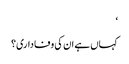
‘
کہاں ہے ان کی وفاداری؟